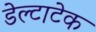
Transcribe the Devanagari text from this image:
डेल्टाटेक